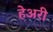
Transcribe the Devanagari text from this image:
हेअरी